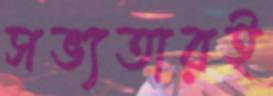
সভ্যতারই